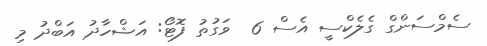
ސެމްސަންގް ގެލެކްސީ އެސް 6  ވަގުތު ފޮޓޯ: އަޝްހާދު އަބްދު މި